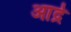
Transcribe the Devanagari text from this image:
आर्द्र